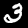
Digit: 3